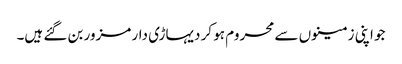
جو اپنی زمینوں سے محروم ہو کر دیہاڑی دار مزور بن گئے ہیں۔